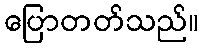
ပြောတတ်သည်။